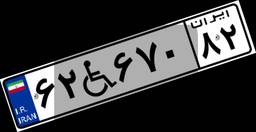
۶۲W۶۷۰۸۲